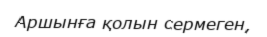
Аршынға қолын сермеген,